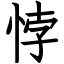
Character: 悖